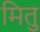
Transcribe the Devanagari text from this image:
मितु